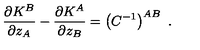
\frac { \partial K ^ { B } } { \partial z _ { A } } - \frac { \partial K ^ { A } } { \partial z _ { B } } = \left( C ^ { - 1 } \right) ^ { A B } \ .